Lunatic asylums Madras 1877-1891 - 1877-1891
Year: 1877
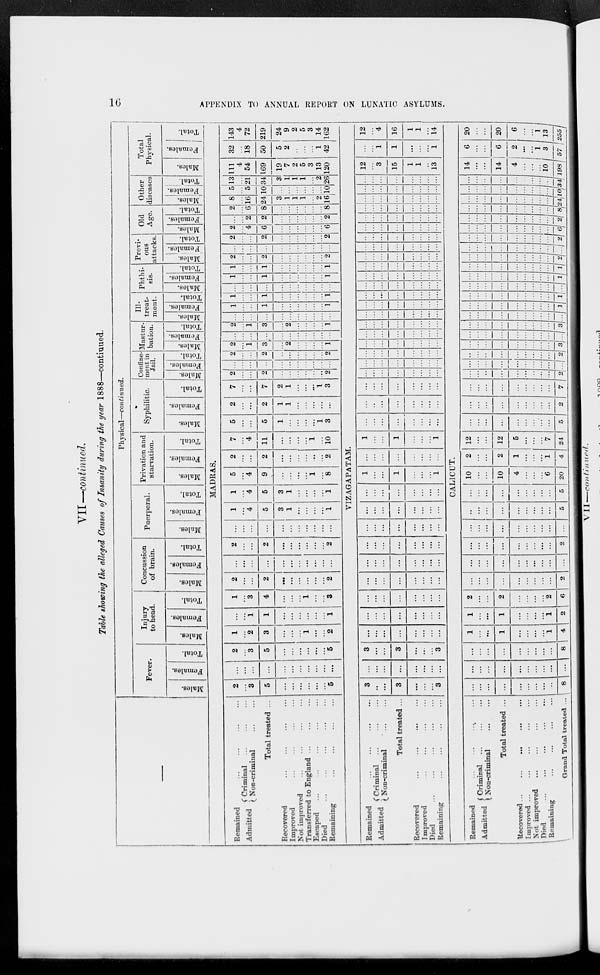
16
APPENDIX TO ANNUAL REPORT ON LUNATIC ASYLUMS.
VII —continued.
Table showing the alleged Causes of Insanity during the year 1888—continued.
Remained ... ... ... ...
Admitted
Criminal ... ... ...
Non-criminal
...
...
Total treated ... ... ... ...
Recovered ... ... ... ...
Improved ... ... ... ...
Not improved
...
...
...
...
Transferred to England
...
...
...
Escaped
...
...
...
...
...
Died
...
...
...
...
...
Remaining ... ... ... ...
Remained ... ... ... ...
Admitted
Criminal
... ... ...
Non-criminal ... ...
Total treated ...
Recovered ... ... ... ...
Improved
...
...
...
...
Died
...
...
...
...
...
Remaining
...
...
...
...
Physical—continued.
Fever.
Males.
Females.
Total.
Injury
to head.
Males.
Females.
Total.
Concussion
of brain.
Males.
Females.
Total.
Puerperal.
Males.
Females.
Total.
Privation and
starvation.
Males.
Females.
Total.
Syphilitic.
Males.
Females.
Total.
Confine-
ment in
Jail.
Males.
Females.
Total.
Mastur-
bation.
Males.
Females.
Total.
Ill-
treat-
ment.
Males.
Females.
Total.
Phthi-
sis.
Males.
Females.
Total.
Previ-
ous
attacks.
Males.
Females.
Total.
Old
Age.
Males.
Females.
Total.
Other
diseases
Males.
Females.
Total.
Total
Physical.
Males.
Females.
Total.
MADRAS.
2
...
3
5
...
...
...
...
...
...
5
...
...
...
...
...
...
...
...
...
...
...
2
...
3
5
...
...
...
...
...
...
5
1
...
2
3
...
...
...
1
...
...
2
...
...
1
1
...
...
...
...
...
...
1
1
...
3
4
...
...
...
1
...
...
3
2
...
...
2
...
...
...
...
...
...
2
...
...
...
...
...
...
...
...
...
...
...
2
...
...
2
...
...
...
...
...
...
2
...
...
...
...
...
...
...
...
...
...
...
1
...
4
5
3
1
...
...
...
...
1
1
...
4
5
3
1
...
...
...
...
1
5
...
4
9
...
...
...
...
1
...
8
2
...
...
2
...
...
...
...
...
...
2
7
...
4
11
...
...
...
...
1
...
10
5
...
...
5
1
...
...
...
...
1
3
2
...
...
2
1
1
...
...
...
...
...
7
...
...
7
2
1
...
...
...
1
3
2
...
...
2
...
...
...
...
...
...
2
...
...
...
...
...
...
...
...
...
...
...
2
...
...
2
...
...
...
...
...
...
2
2
...
1
3
...
2
...
...
...
...
1
...
...
...
...
...
...
...
...
...
...
...
2
...
1
3
...
2
...
...
...
...
1
...
...
...
...
...
...
...
...
...
...
...
1
...
...
1
...
...
...
...
...
...
1
1
...
...
1
...
...
...
...
...
...
1
...
...
...
...
...
...
...
...
...
...
...
1
...
...
1
...
...
...
...
...
...
1
1
...
...
1
...
...
...
...
...
...
1
2
...
...
2
...
...
...
...
...
...
2
...
...
...
...
...
...
...
...
...
...
...
2
...
...
2
...
...
...
...
...
...
2
2
...
4
6
...
...
...
...
...
...
6
...
...
2
2
...
...
...
...
...
...
2
2
...
6
8
...
...
...
...
...
...
8
8
...
16
24
3
1
1
1
...
2
16
5
...
5
10
...
...
...
...
...
...
10
13
...
21
34
3
1
1
1
...
2
26
111
4
54
169
19
7
2
5
3
13
120
32
...
18
50
5
2
...
...
...
1
42
143
4
72
219
24
9
2
5
3
14
162
VIZAGAPATAM.
3
...
...
3
...
...
...
3
...
...
...
...
...
...
...
...
3
...
...
3
...
...
...
3
...
...
...
...
...
...
...
...
...
...
...
...
...
...
...
...
...
...
...
...
...
...
...
...
...
...
...
...
...
...
...
...
...
...
...
...
...
...
...
...
...
...
...
...
...
...
...
...
...
...
...
...
...
...
...
...
...
...
...
...
...
...
...
...
...
...
...
...
...
...
...
...
1
...
...
1
...
...
...
1
...
...
...
...
...
...
...
...
1
...
...
1
...
...
...
1
...
...
...
...
...
...
...
...
...
...
...
...
...
...
...
...
...
...
...
...
...
...
...
...
...
...
...
...
...
...
...
...
...
...
...
...
...
...
...
...
...
...
...
...
...
...
...
...
...
...
...
...
...
...
...
...
...
...
...
...
...
...
...
...
...
...
...
...
...
...
...
...
...
...
...
...
...
...
...
...
...
...
...
...
...
...
...
...
...
...
...
...
...
...
...
...
...
...
...
...
...
...
...
...
...
...
...
...
...
...
...
...
...
...
...
...
...
...
...
...
...
...
...
...
...
...
...
...
...
...
...
...
...
...
...
...
...
...
...
...
...
...
...
...
...
...
...
...
...
...
...
...
...
...
...
...
...
...
...
...
...
...
...
...
...
...
...
...
...
...
...
...
...
...
...
...
...
...
...
...
...
...
...
...
...
...
...
...
...
...
...
...
12
...
3
15
1
1
...
13
...
...
1
1
...
...
...
1
12
...
4
16
1
1
...
14
CALICUT.
Remained ... ... ... ...
Admitted
Criminal ... ... ...
Non-criminal ... ...
Total treated ... ... ... ... ...
Recovered ... ... ... ... ...
Improved ...
...
...
...
Not improved ... ... ... ... ...
Died ... ... ... ... ...
Remaining ... ... ... ...
Grand Total treated ...
...
...
...
...
...
...
...
...
..
8
...
...
...
...
...
...
...
...
...
...
...
...
...
...
...
...
...
...
...
8
1
...
...
1
...
...
...
...
1
4
1
...
...
1
...
...
...
...
1
2
2
...
...
2
...
...
...
...
2
6
...
...
...
...
...
...
...
...
...
2
...
...
...
...
...
...
...
...
...
...
...
...
...
...
...
...
...
...
...
2
...
...
...
...
...
...
...
...
...
...
...
...
...
...
...
...
...
...
...
5
...
...
...
...
...
...
...
...
...
5
10
...
...
10
4
...
...
...
6
20
2
...
...
2
1
...
...
...
1
4
12
...
...
12
5
...
...
...
7
24
...
...
...
...
...
...
...
...
...
5
...
...
...
...
...
...
...
...
...
2
...
...
...
...
...
...
...
...
...
7
...
...
...
...
...
...
...
...
...
2
...
...
...
...
...
...
...
...
...
...
...
...
...
...
...
...
...
...
...
2
...
...
...
...
...
...
...
...
...
3
...
...
...
...
...
...
...
...
...
...
...
...
...
...
...
...
...
...
...
3
...
...
...
...
...
...
...
...
...
...
...
...
...
...
...
...
...
...
...
1
...
...
...
...
...
...
...
...
...
1
...
...
...
...
...
...
...
...
...
...
...
...
...
...
...
...
...
...
...
1
...
...
...
...
...
...
...
...
...
1
...
...
...
...
...
...
...
...
...
2
...
...
...
...
...
...
...
...
...
...
...
...
...
...
...
...
...
...
...
2
...
...
...
...
...
...
...
...
...
6
...
...
...
...
...
...
...
...
...
2
...
...
...
...
...
...
...
...
...
8
...
...
...
...
...
...
...
...
...
24
...
...
...
...
...
...
...
...
...
1 0
...
...
...
...
...
...
...
...
...
34
14
...
...
14
4
...
...
...
10
198
6
...
...
6
2
...
...
...
3
57
20
...
...
20
6
...
...
1
13
255